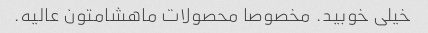
خیلی خوبید. مخصوصا محصولات ماهشامتون عالیه.